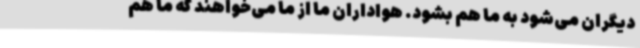
دیگران می‌شود به ما هم بشود. هواداران ما از ما می‌خواهند که ما هم